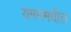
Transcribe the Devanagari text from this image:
यमनमधील